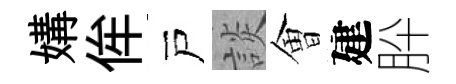
媾侔戸談㑹建肸